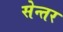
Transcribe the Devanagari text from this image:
सेन्तर